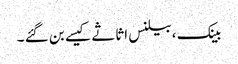
بینک ،بیلنس اثاثے کیسے بن گئے ۔